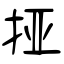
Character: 挜